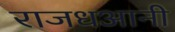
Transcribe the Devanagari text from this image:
राजधआनी